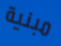
مبنية